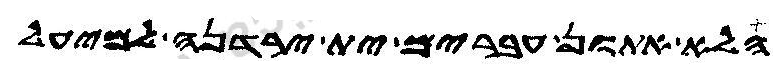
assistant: הלא אתון עברים ית ירדנה למיעל